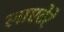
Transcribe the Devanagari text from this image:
लाएटेरे